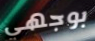
بوجهي